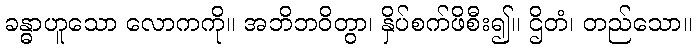
ခန္ဓာဟူသော လောကကို။ အဘိဘဝိတွာ၊ နှိပ်စက်ဖိစီး၍။ ဌိတံ၊ တည်သော။